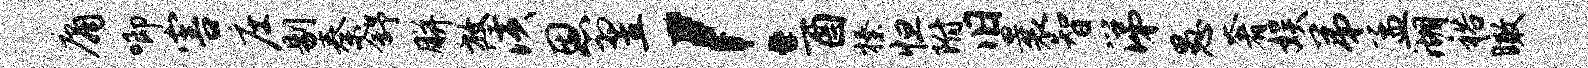
庸唧害庄剔秦舒胼放潢恩翌！酉榛怛附旧曩智涕愚奢娱弟孟湖裕瞰